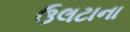
ઉલટાના